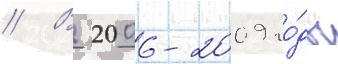
// В 2006-2009 го́ды